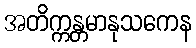
အတိက္ကန္တမာနုသကေန